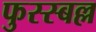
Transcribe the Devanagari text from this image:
फुस्स्बल्ल